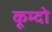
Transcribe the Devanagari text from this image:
कूम्दो